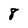
Character: 8